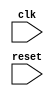
module my_module(
    input wire clk,
    input wire reset,
    // other input/output declarations
);

// other declarations

always @ (negedge clk) begin
    // statements to be executed on falling edge of clock
end

endmodule